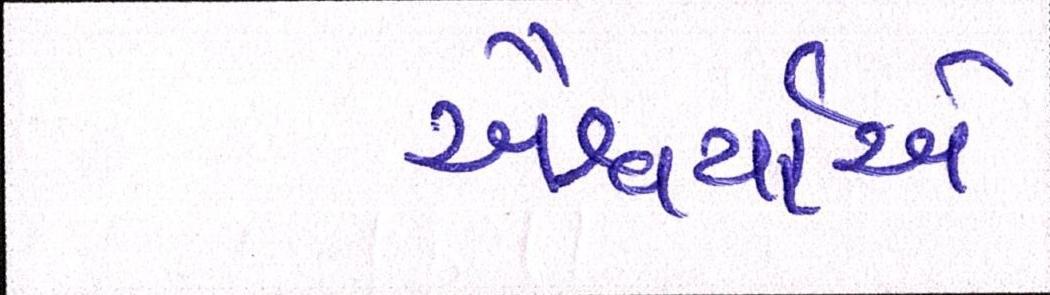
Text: ઐશ્વર્યાએ